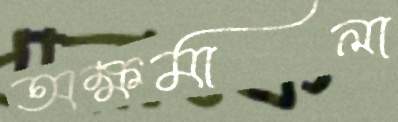
অক্ষমালা